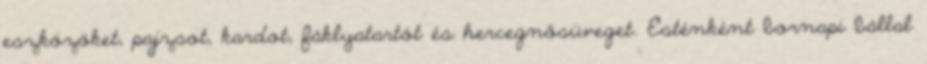
eszközöket, pajzsot, kardot, fáklyatartót és hercegnősüveget. Esténként bornapi bállal